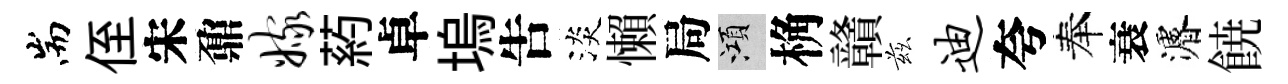
耑侄宋鼐嫁葯卓塢吿淡懶局澒桷贛兹迪夸奉衰濬𩜙